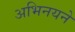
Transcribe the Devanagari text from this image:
अभिनयने